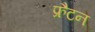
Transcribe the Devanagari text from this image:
फ्रैटन